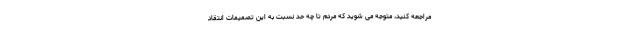
مراجعه کنید، متوجه می شوید که مردم تا چه حد نسبت به این تصمیمات انتقاد